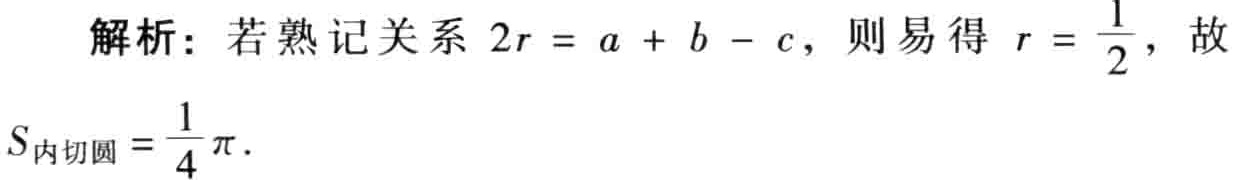
解析：若熟记关系 \(2r = a + b - c\)，则易得 \(r = \frac{1}{2}\)，故
\(S_{内切圆}=\frac{1}{4}\pi\).